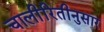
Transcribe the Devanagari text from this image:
चालीरितीनुसार